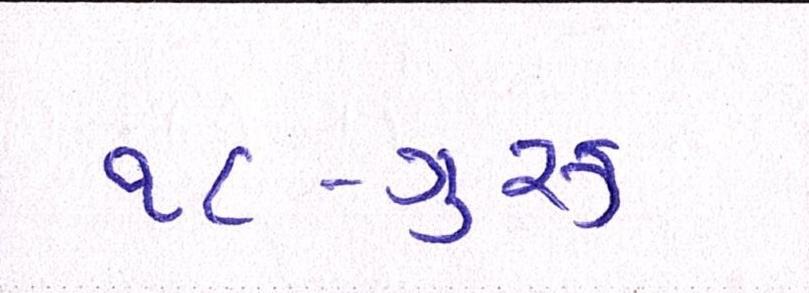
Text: ૧૮-ગુરૂ